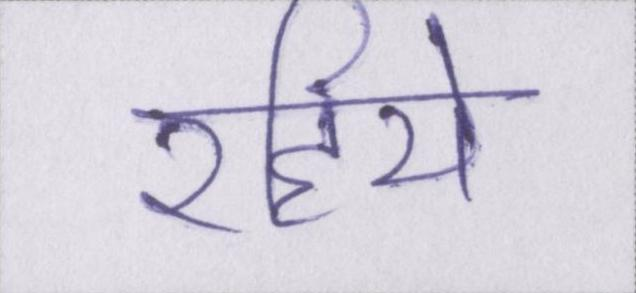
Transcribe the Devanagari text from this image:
रहिये